Elephants and their diseases
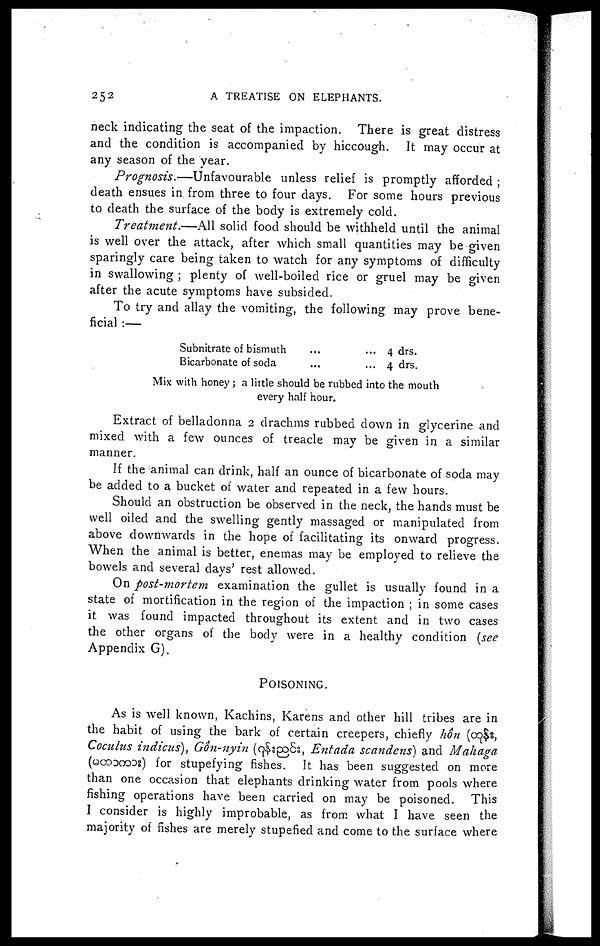
252
A TREATISE ON ELEPHANTS.
neck indicating the seat of the impaction. There is great distress
and the condition is accompanied by hiccough. It may occur at
any season of the year.
Prognosis.—Unfavourable
unless relief is promptly afforded ;
death ensues in from three to four days. For some hours previous
to death the surface of the body is extremely cold.
Treatment.—All solid food should be withheld until the animal
is well over the attack, after which small quantities may be given
sparingly care being taken to watch for any symptoms of difficulty
in swallowing ; plenty of well-boiled rice or gruel may be given
after the acute symptoms have subsided.
To try and allay the vomiting, the following may prove bene-
ficial :—
Subnitrate of bismuth
Bicarbonate of soda
...
...
...
...
4 drs.
4 drs.
Mix with honey ; a little should be rubbed into the mouth
every half hour.
Extract of belladonna 2 drachms rubbed down in glycerine and
mixed with a few ounces of treacle may be given in a similar
manner.
If the animal can drink, half an ounce of bicarbonate of soda may
be added to a bucket of water and repeated in a few hours.
Should an obstruction be observed in the neck, the hands must be
well oiled and the swelling gently massaged or manipulated from
above downwards in the hope of facilitating its onward progress.
When the animal is better, enemas may be employed to relieve the
bowels and several days' rest allowed.
On post-mortem examination the gullet is usually found in a
state of mortification in the region of the impaction ; in some cases
it was found impacted throughout its extent and in two cases
the other organs of the body were in a healthy condition (see
Appendix G).
POISONING.
As is well known, Kachins, Karens and other hill tribes are in
the habit of using the bark of certain creepers, chiefly hôn (
,
Coculus indicus), Gôn-nyin (
, Entada scdndens) and Mahaga
(
) for stupefying fishes. It has been suggested on more
than one occasion that elephants drinking water from pools where
fishing operations have been carried on may be poisoned. This
I consider is highly improbable, as from what I have seen the
majority of fishes are merely stupefied and come to the surface where